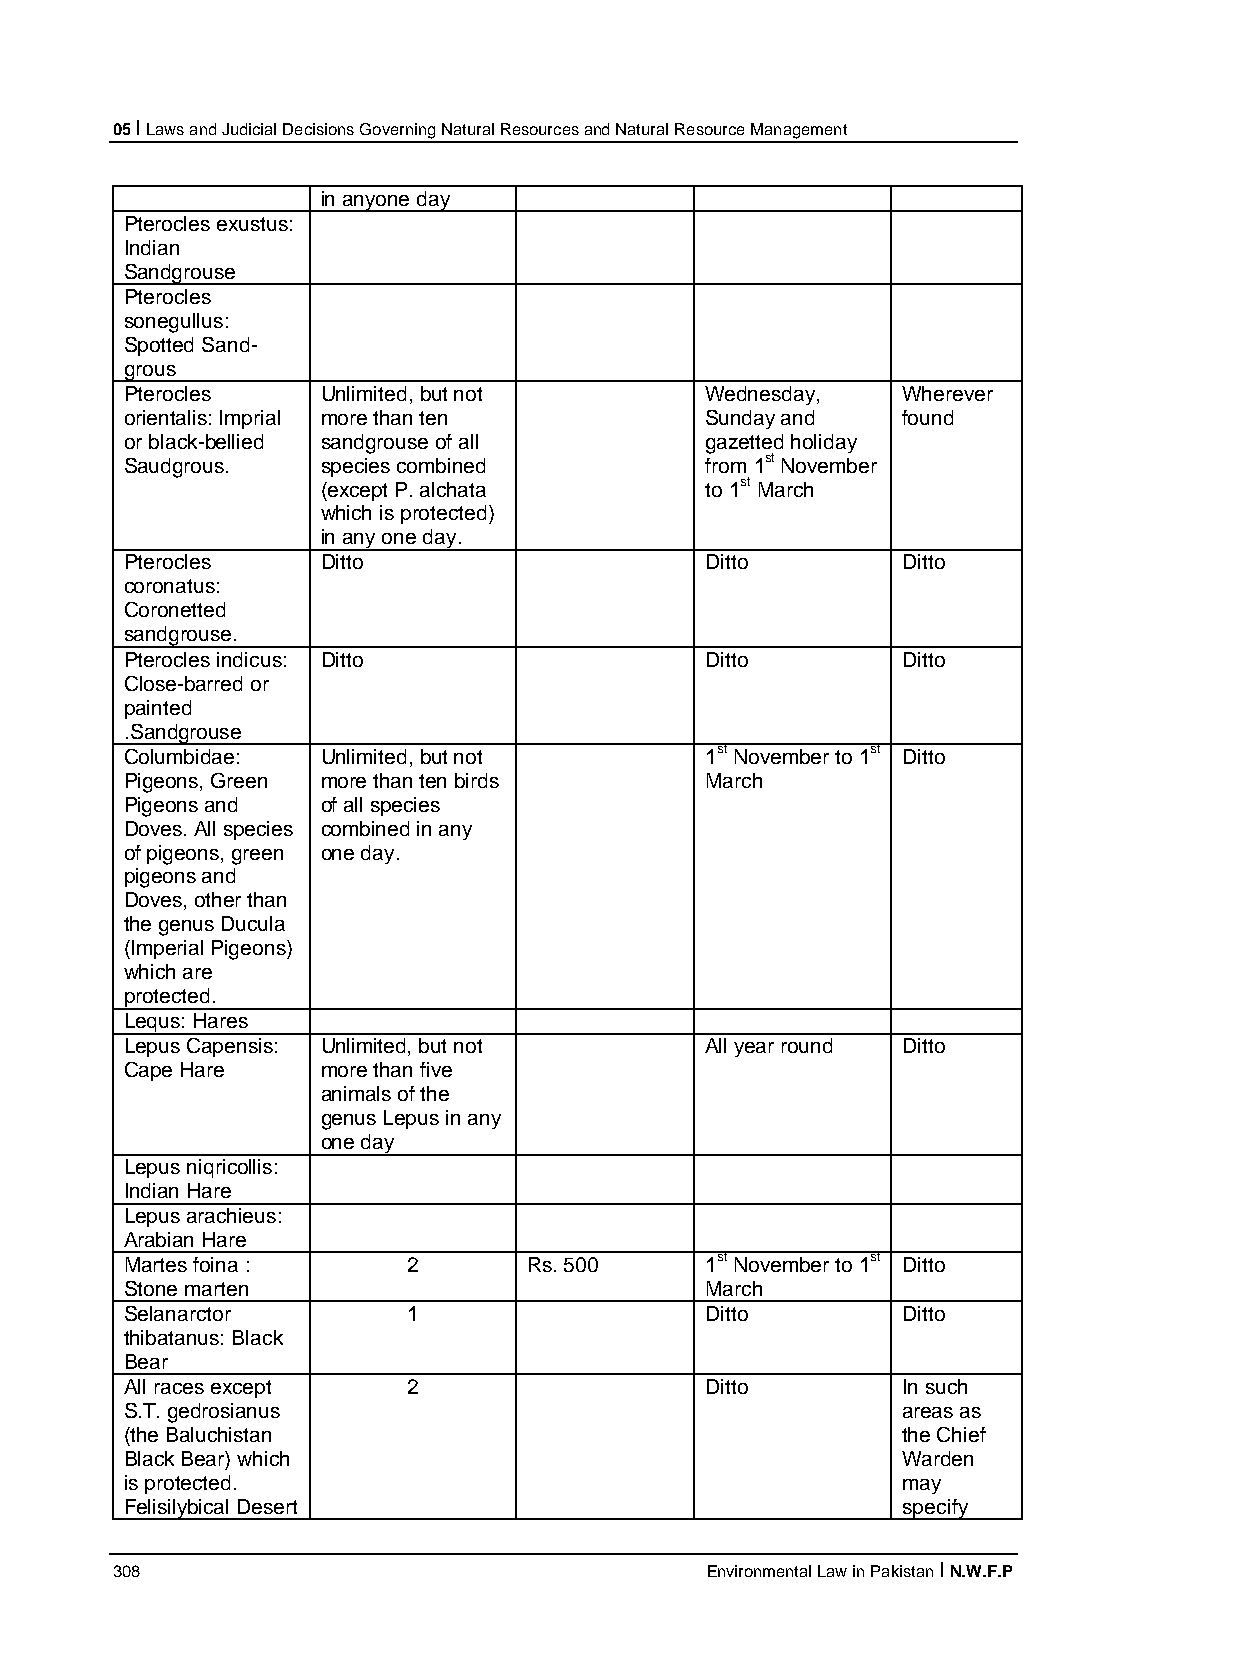
05 I Laws and Judicial Decisions Governing Natural Resources and Natural Resource Management
 in anyone day
 Pterocles exustus:
 Indian
 Sandgrouse
 Pterocles
 sonegullus:
 Spotted Sand-
 grous
 Pterocles    Unlimited, but not        Wednesday,   Wherever
 orientalis: Imprial more than ten      Sunday and   found
 or black-bellied sandgrouse of all     gazetted holiday
 Saudgrous.   species combined          from 1st November
 (except P. alchata        to 1st March
 which is protected)
 in any one day.
 Pterocles    Ditto                     Ditto        Ditto
 coronatus:
 Coronetted
 sandgrouse.
 Pterocles indicus: Ditto               Ditto        Ditto
 Close-barred or
 painted
 .Sandgrouse
 Columbidae:  Unlimited, but not        1st November to 1st Ditto
 Pigeons, Green more than ten birds     March
 Pigeons and  of all species
 Doves. All species combined in any
 of pigeons, green one day.
 pigeons and
 Doves, other than
 the genus Ducula
 (Imperial Pigeons)
 which are
 protected.
 Lequs: Hares
 Lepus Capensis: Unlimited, but not     All year round Ditto
 Cape Hare    more than five
 animals of the
 genus Lepus in any
 one day
 Lepus niqricollis:
 Indian Hare
 Lepus arachieus:
 Arabian Hare
 Martes foina :     2       Rs. 500     1st November to 1st Ditto
 Stone marten                           March
 Selanarctor        1                   Ditto        Ditto
 thibatanus: Black
 Bear
 All races except   2                   Ditto        In such
 S.T. gedrosianus                                    areas as
 (the Baluchistan                                    the Chief
 Black Bear) which                                   Warden
 is protected.                                       may
 Felisilybical Desert                                specify
 308                                     Environmental Law in Pakistan I N.W.F.P